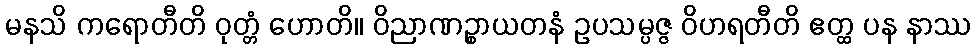
မနသိ ကရောတီတိ ဝုတ္တံ ဟောတိ။ ဝိညာဏဉ္စာယတနံ ဥပသမ္ပဇ္ဇ ဝိဟရတီတိ ဧတ္ထ ပန နာဿ